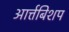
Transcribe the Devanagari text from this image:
आर्त्तबिशप